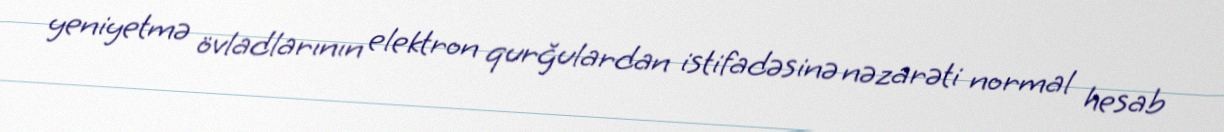
yeniyetmə övladlarının elektron qurğulardan istifadəsinə nəzarəti normal hesab